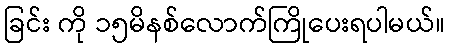
ခြင်း ကို ၁၅မိနစ်လောက်ကြိုပေးရပါမယ်။